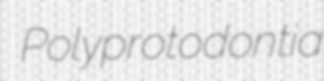
Polyprotodontia